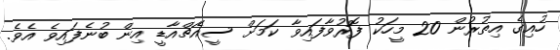
ހުއިގެ އިތުރުން 20 މީހަކު ފޮރުވާފައިވާ ކަމަށް ސީއެޗްއާޑީ އިން ބުނެފައިވެ އެވެ.